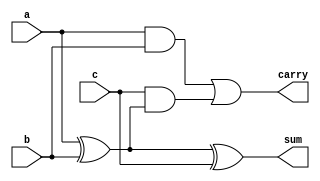
module fulladder(a,b,c,sum,carry);
input a,b,c;
output sum,carry;
assign sum=a^b^c;
assign carry=a&b|c&(a^b);
endmodule

module rca(a,b,cin,sum,cout);
input [3:0]a,b;
input cin;
output [3:0]sum;
output cout;
wire c1,c2,c3;
fulladder fa1(a[0],b[0],cin,sum[0],c1);
fulladder fa2(a[1],b[1],c1,sum[1],c2);
fulladder fa3(a[2],b[2],c2,sum[2],c3);
fulladder fa4(a[3],b[3],c3,sum[3],cout);
endmodule